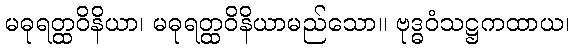
မဓုရတ္ထဝိနိယာ၊ မဓုရတ္ထဝိနိယာမည်သော။ ဗုဒ္ဓဝံသဋ္ဌကထာယ၊